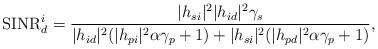
LaTeX: \begin{align*}{\textrm{SINR}}_d^i = \frac{{|h_{si} |^2 |h_{id} |^2 \gamma _s }}{{|h_{id} |^2 (|h_{pi} |^2 \alpha \gamma _p + 1) + |h_{si} |^2 (|h_{pd} |^2 \alpha \gamma _p + 1)}}, \\ \end{align*}